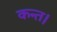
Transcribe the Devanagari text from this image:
कन्‍त।